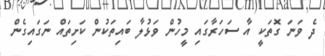
ދެ ވަނަ ގޮތަކީ އާ ސަހަރާގައި މީހުން ވަޅުލާ ބައިތަކުން ކަށިތައް ނަގައިގެން